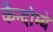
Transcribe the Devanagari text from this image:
कैन्दोम्बे